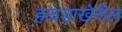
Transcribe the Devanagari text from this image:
हावडाखेरील